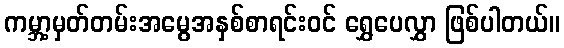
ကမ္ဘာ့မှတ်တမ်းအမွေအနှစ်စာရင်းဝင် ရွှေပေလွှာ ဖြစ်ပါတယ်။